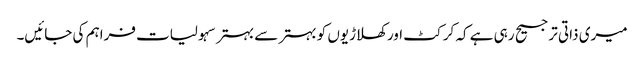
میری ذاتی ترجیح رہی ہے کہ کرکٹ اور کھلاڑیوں کو بہتر سے بہتر سہولیات فراہم کی جائیں۔